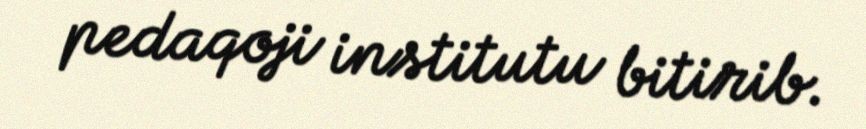
pedaqoji institutu bitirib.